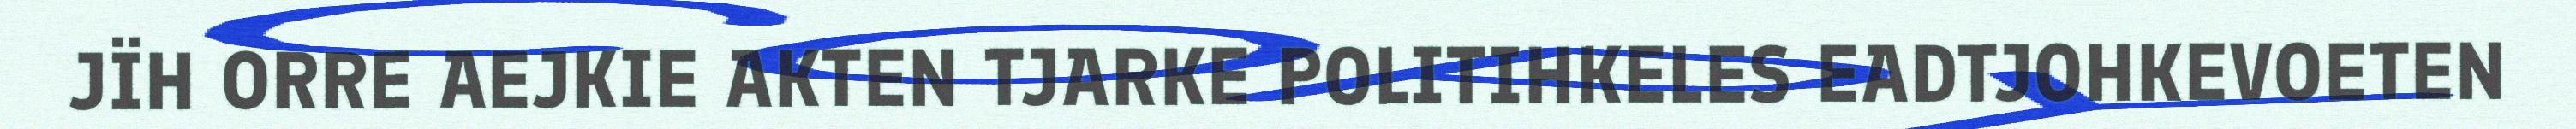
JÏH ORRE AEJKIE AKTEN TJARKE POLITIHKELES EADTJOHKEVOETEN